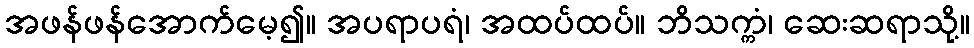
အဖန်ဖန်အောက်မေ့၍။ အပရာပရံ၊ အထပ်ထပ်။ ဘိသက္ကံ၊ ဆေးဆရာသို့။